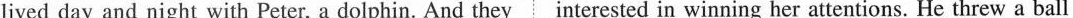
lived day and night with Peter, a dolphin. And they interested in winning her attentions. He threw a ball